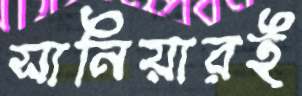
সানিয়ারই